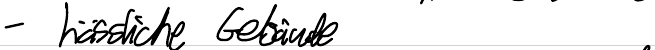
- hässliche Gebäude